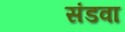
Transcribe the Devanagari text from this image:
संडवा